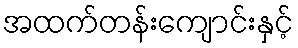
အထက်တန်းကျောင်းနှင့်